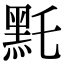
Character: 𪐞